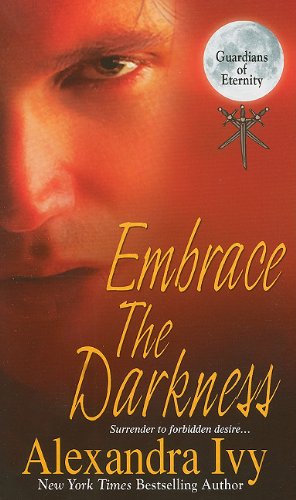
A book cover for Embrace the Darkness (Guardians of Eternity); Alexandra Ivy; Romance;